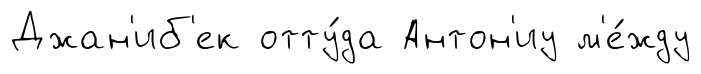
Джан'иб'ек отту́да Антон'иу м'е́жду